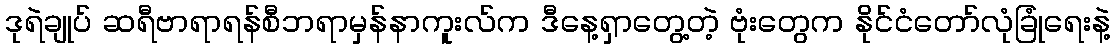
ဒုရဲချုပ် ဆရီဗာရာရန်စီဘရာမှန်နာကူးလ်က ဒီနေ့ရှာတွေ့တဲ့ ဗုံးတွေက နိုင်ငံတော်လုံခြုံရေးနဲ့